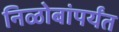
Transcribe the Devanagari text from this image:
निळोबांपर्यंत